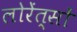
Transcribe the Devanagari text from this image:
लोरेंत्सों